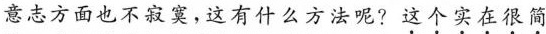
意志方面也不寂寞，这有什么方法呢?这个实在很简